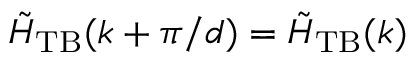
\tilde { H } _ { \mathrm { T B } } ( k + \pi / d ) = \tilde { H } _ { \mathrm { T B } } ( k )